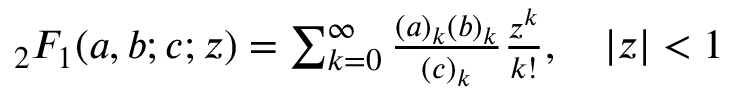
\begin{array} { r } { { _ 2 F _ { 1 } } ( a , b ; c ; z ) = \sum _ { k = 0 } ^ { \infty } \frac { ( a ) _ { k } ( b ) _ { k } } { ( c ) _ { k } } \frac { z ^ { k } } { k ! } , \ \ \ | z | < 1 } \end{array}